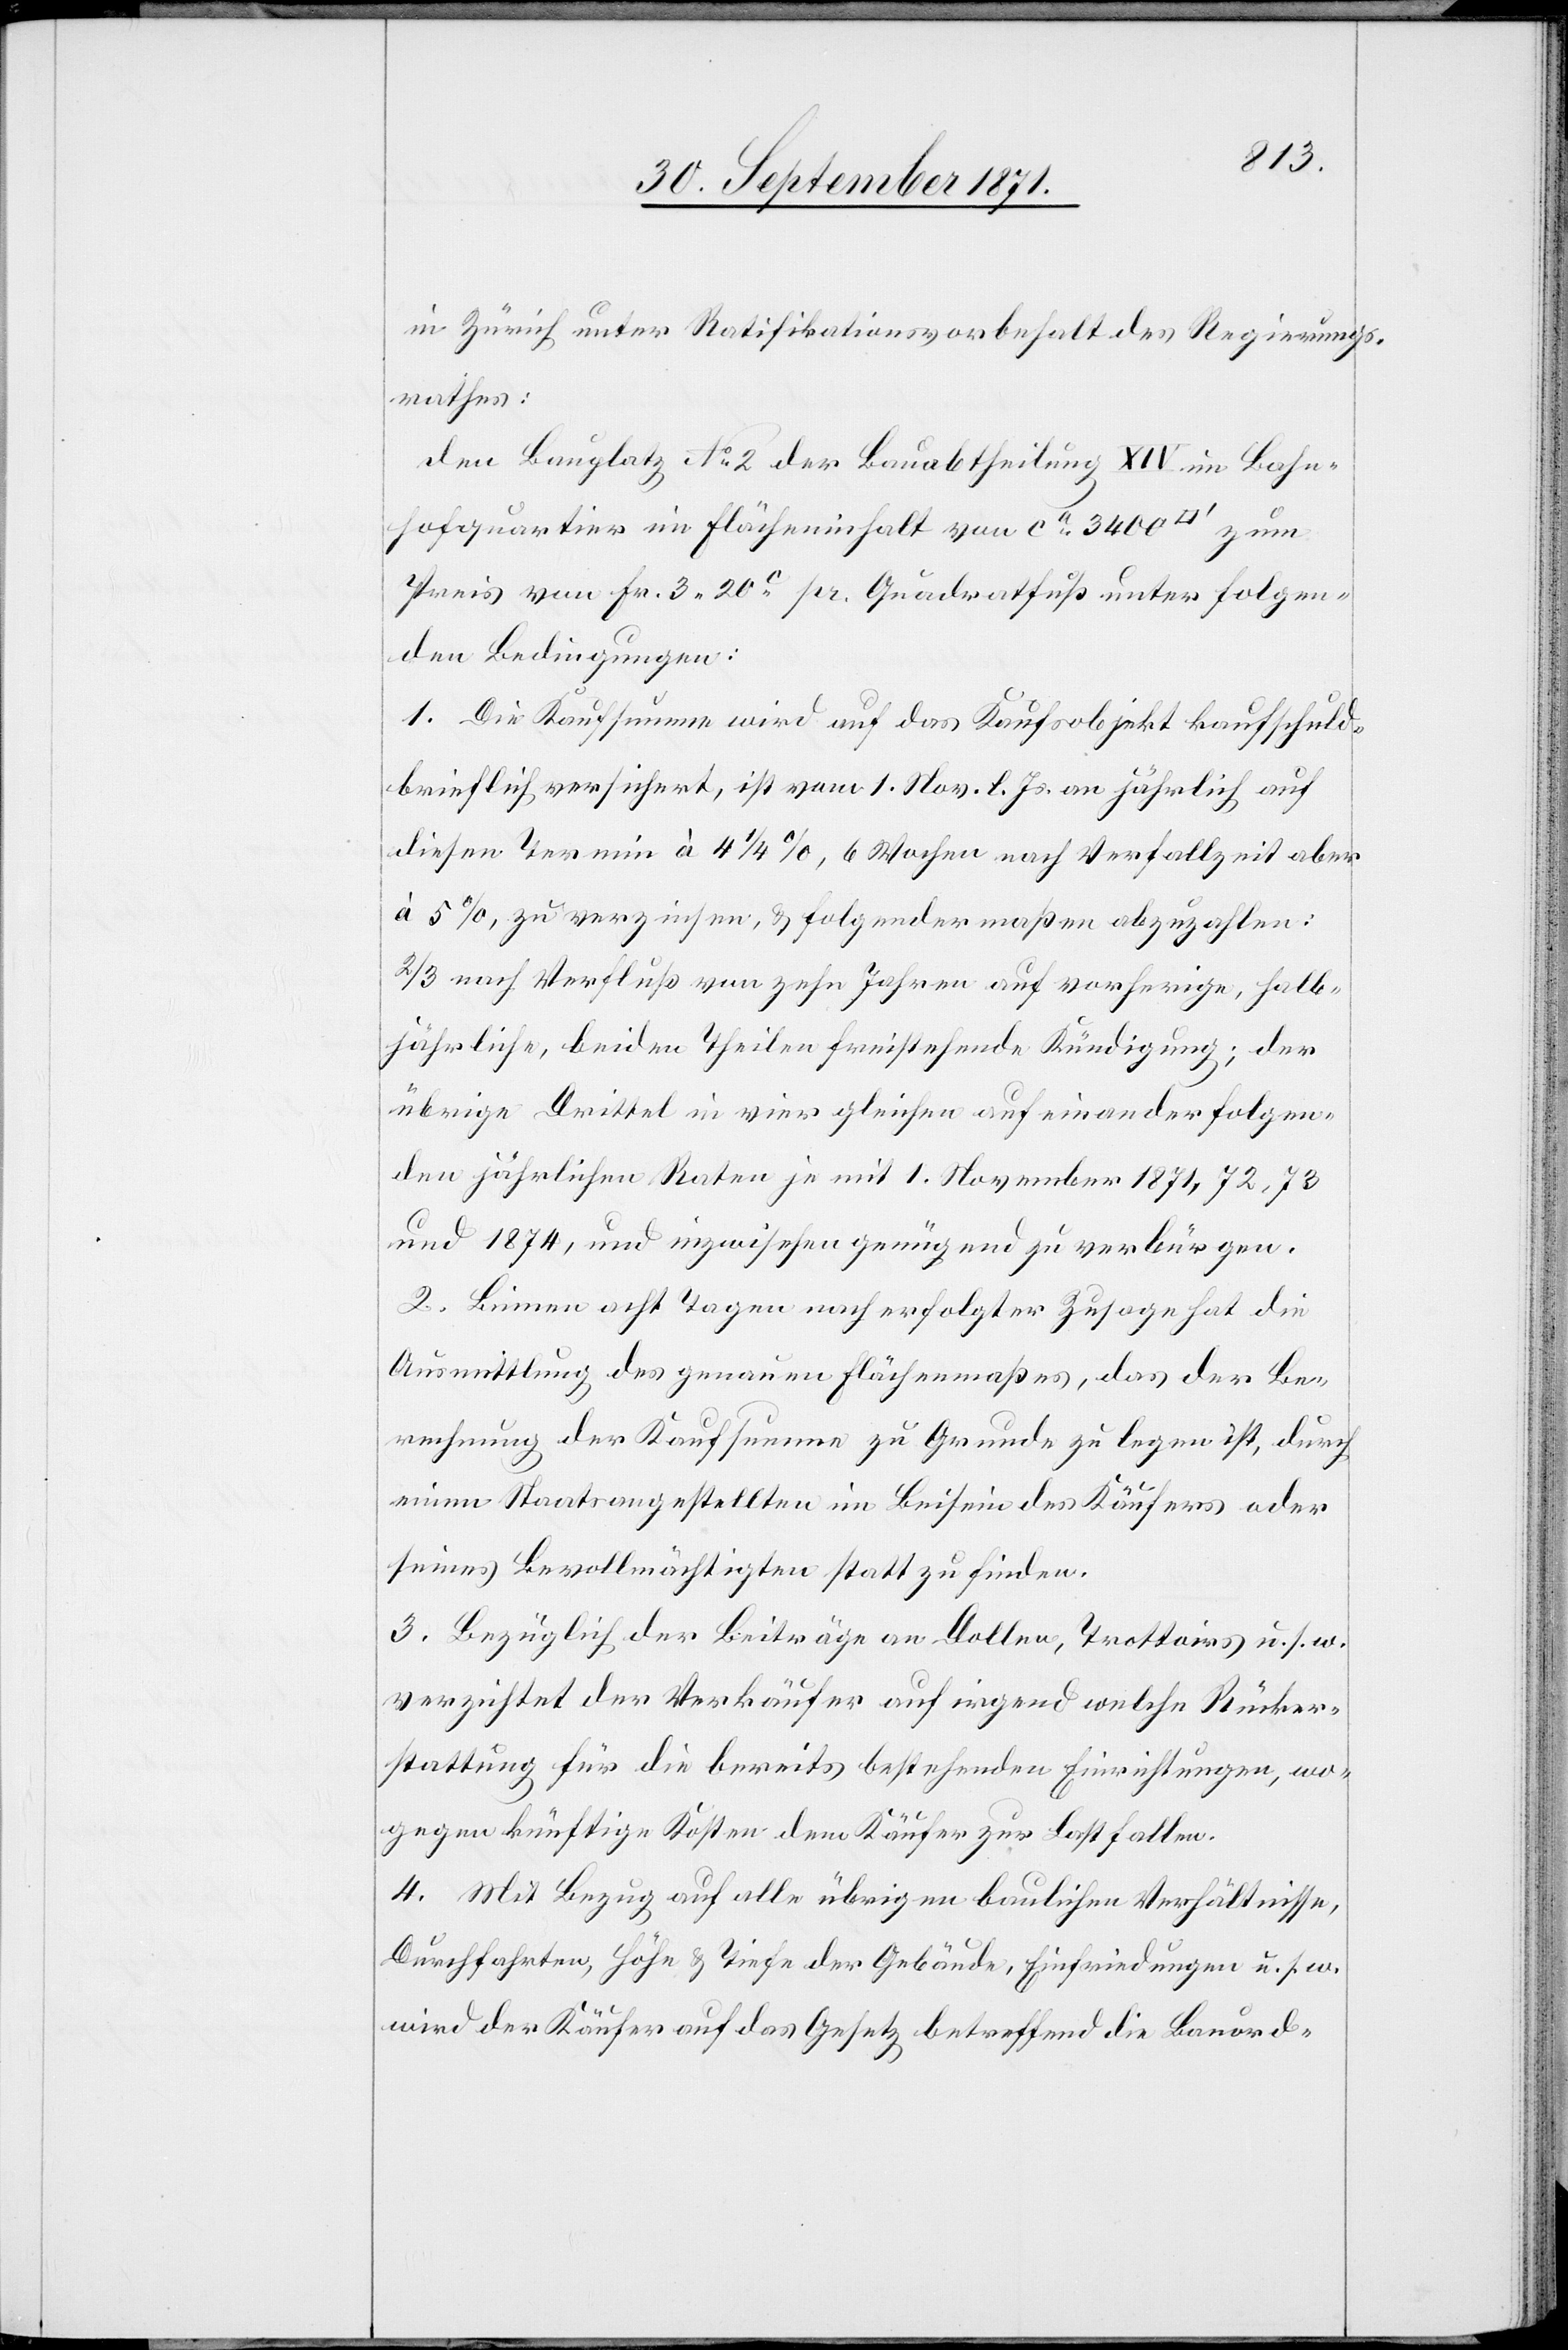
in Zürich unter Ratifikationsvorbehalt des Regierungs¬
rathes:
Den Bauplatz No 2 der Bauabtheilung XIV im Bahn¬
hofquartier einen Flächeninhalt von ca 3400 [Quadratfuß] zum
Preis von Fr. 3.20 pr. Quadratfuß unter folgen¬
den Bedingungen:
1. Die Kaufsumme wird auf das Kaufobjekt kaufschuld¬
brieflich versichert, ist vom 1. Nov. l. Js. an jährlich auf
diesen Termin à 41/4%, 6 Wochen nach Verfallzeit aber
à 5%, zu verzinsen, & folgendermaßen abzuzahlen:
2/3 nach Verfluß von zehn Jahren auf vorherige, halb¬
jährliche, beiden Theilen freistehende Kündigung; der
übrige Drittel in vier gleichen aufeinanderfolgen¬
den jährlichen Renten je mit 1. November 1871, 72, 73
und 1874, und inzwischen genügend zu verbürgen.
2. Binnen acht Tagen nach erfolgter Zusage hat die
Ausmittlung des genauen Flächenmaßes, das der Be¬
rechnung der Kaufsumme zu Grunde zu legen ist, durch
einen Staatsangestellten im Beisein des Käufers oder
seines Bevollmächtigten statt zu finden.
3. Bezüglich der Beiträge an Dollen, Trottoirs u. s. w.
verzichtet der Verkäufer auf irgend welche Rücker¬
stattung für die bereits bestehenden Einrichtungen, wo¬
gegen künftige Kosten dem Käufer zur Last fallen.
4. Mit Bezug auf alle übrigen baulichen Verhältnisse,
Durchfahrten, Höhe & Tiefe der Gebäude, Einfriedungen u. s. w.
wird der Käufer auf das Gesetz betreffend die Bauord-